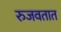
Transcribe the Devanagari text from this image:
रुजवतात